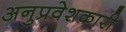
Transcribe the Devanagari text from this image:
अनुप्रवेशकारी